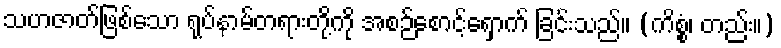
သဟဇာတ်ဖြစ်သော ရုပ်နာမ်တရားတို့ကို အစဉ်စောင့်ရှောက် ခြင်းသည်။ (ကိစ္စံ၊ တည်း။)